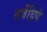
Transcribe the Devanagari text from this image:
सर्वेंद्रिये